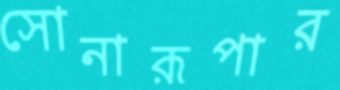
সোনারূপার